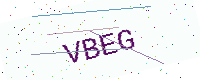
Text: VBEG